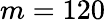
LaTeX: m=120